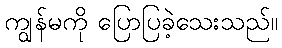
ကျွန်မကို ပြောပြခဲ့သေးသည်။